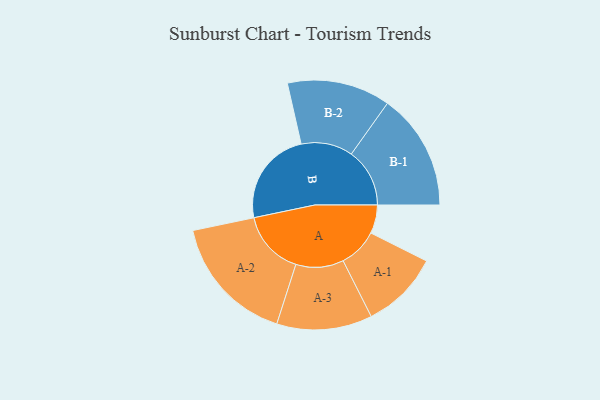
{"axis": {"x": "Segment", "y": "Value"}, "legend": ["", "A", "B"], "data": [{"x": "A", "y": 123, "type": ""}, {"x": "B", "y": 411, "type": ""}, {"x": "A-1", "y": 169, "type": "A"}, {"x": "A-2", "y": 279, "type": "A"}, {"x": "A-3", "y": 206, "type": "A"}, {"x": "B-1", "y": 252, "type": "B"}, {"x": "B-2", "y": 223, "type": "B"}]}